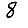
Digit: 8